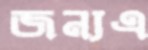
জন্যএ